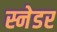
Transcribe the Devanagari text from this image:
स्नेडर